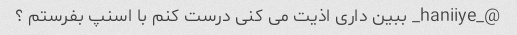
@_haniiye_ ببین داری اذیت می کنی درست کنم با اسنپ بفرستم ؟